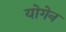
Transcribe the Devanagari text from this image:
योगेन